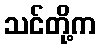
သင်တို့က